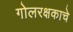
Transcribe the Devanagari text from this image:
गोलरक्षकाचे